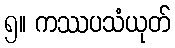
၅။ ကဿပသံယုတ်